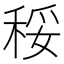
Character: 䅑